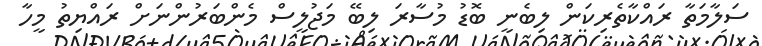
ސަލާމަތާ ރައްކާތެރިކަން ލިބެނީ ބޮޑު މުސާރަ ލިބޭ މަޖުލީސް މެންބަރުންނަށް ރައްޔިތު މީހާ